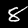
Label: 8